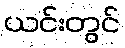
ယင်းတွင်